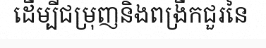
ដើម្បីជម្រុញនិងពង្រីកជួរនៃ